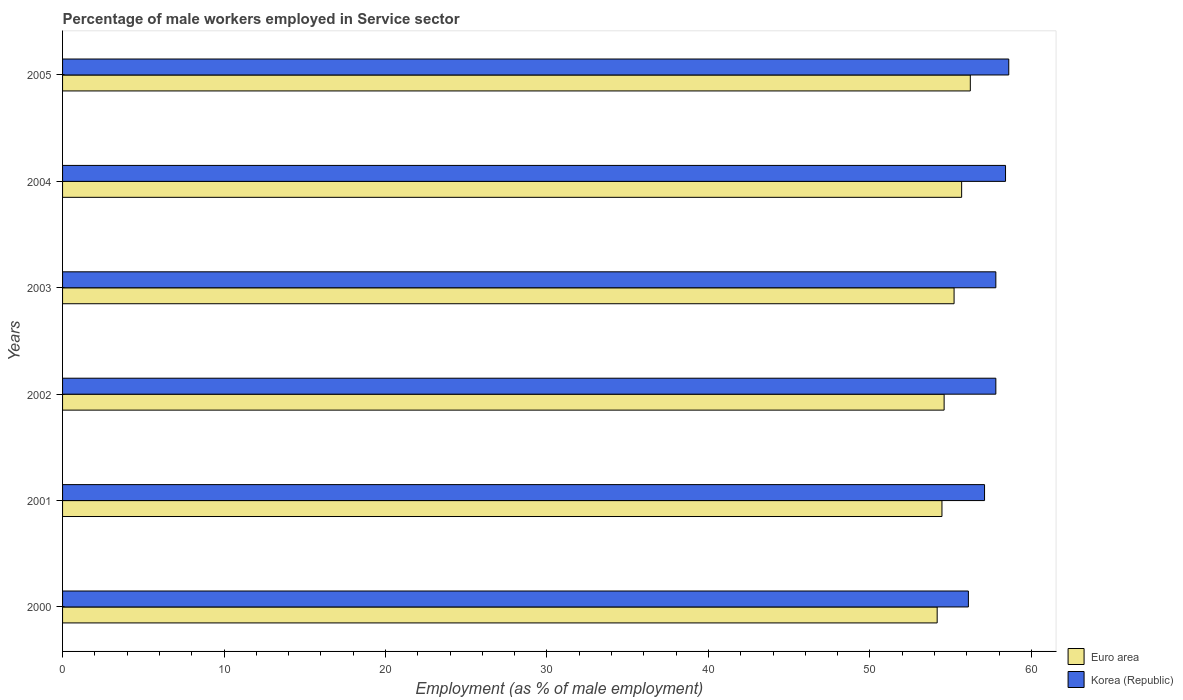
| Years | Euro area | Korea (Republic) |
 | --- | --- | --- |
 | 2000 | 54.2 | 56.1 |
 | 2001 | 54.5 | 57.1 |
 | 2002 | 54.6 | 57.8 |
 | 2003 | 55.2 | 57.8 |
 | 2004 | 55.7 | 58.4 |
 | 2005 | 56.2 | 58.6 |